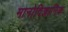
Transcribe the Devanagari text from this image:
मानोविज्ञानिक